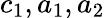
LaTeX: c_{1},a_{1},a_{2}